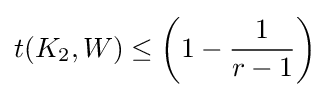
t(K_{2},W)\leq \left(1-{\frac {1}{r-1}}\right)